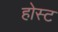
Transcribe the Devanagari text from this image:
होस्‍ट